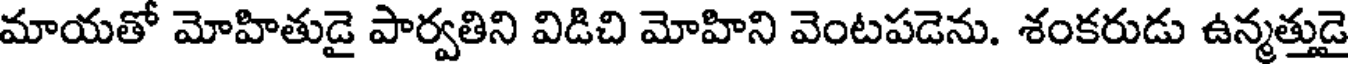
మాయతో మోహితుడై పార్వతిని విడిచి మోహిని వెంటపడెను. శంకరుడు ఉన్మత్తుడై